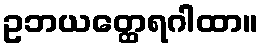
ဥဘယတ္ထေရဂါထာ။